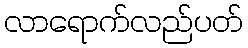
လာရောက်လည်ပတ်